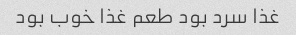
غذا سرد بود طعم غذا خوب بود